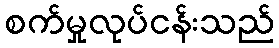
စက်မှုလုပ်ငန်းသည်